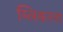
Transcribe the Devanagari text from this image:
म्लिकरना